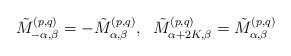
LaTeX: \begin{align*}\tilde{M}^{(p,q)}_{-\alpha,\beta}=-\tilde{M}^{(p,q)}_{\alpha,\beta},\;\;\tilde{M}^{(p,q)}_{\alpha+2K,\beta}=\tilde{M}^{(p,q)}_{\alpha,\beta}\end{align*}